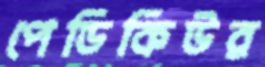
পেডিকিউর